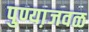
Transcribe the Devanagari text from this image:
पुण्या़जवळ